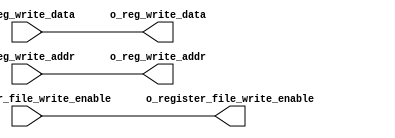
`timescale 1ns / 1ps
//////////////////////////////////////////////////////////////////////////////////
// Company: 
// Engineer: 
// 
// Design Name: 
// Module Name: WB
// Project Name: 
// Target Devices: 
// Tool Versions: 
// Description: 
// 
// Dependencies: 
// 
// Revision:
// Revision 0.01 - File Created
// Additional Comments:
// 
//////////////////////////////////////////////////////////////////////////////////


module WB (
    input wire [31:0] i_reg_write_data,
    input wire [4:0] i_reg_write_addr,
    input wire i_register_file_write_enable,

    output wire [31:0] o_reg_write_data,
    output wire [4:0] o_reg_write_addr,
    output wire o_register_file_write_enable
);
  assign o_reg_write_addr = i_reg_write_addr;
  assign o_reg_write_data = i_reg_write_data;
  assign o_register_file_write_enable = i_register_file_write_enable;
endmodule